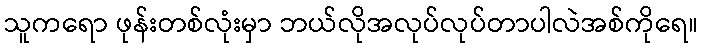
သူကရော ဖုန်းတစ်လုံးမှာ ဘယ်လိုအလုပ်လုပ်တာပါလဲအစ်ကိုရေ။